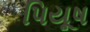
પિયૂષ